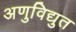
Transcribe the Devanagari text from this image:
अणुविद्युत